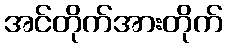
အင်တိုက်အားတိုက်